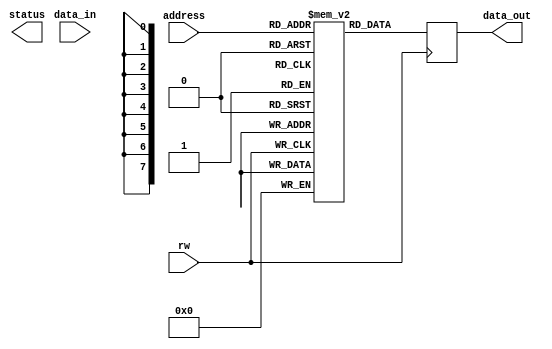
module MemoryBlocks (
    input [7:0] address,
    input rw,
    input [7:0] data_in,
    output reg [7:0] data_out,
    output reg [1:0] status
);

reg [7:0] memory_blocks [0:255]; // 256 memory blocks

always @ (posedge rw)
begin
    if(rw)
        data_out <= memory_blocks[address];
    else
        memory_blocks[address] <= data_in;
end

// Address decoding logic to select memory block

// Status signals logic

endmodule